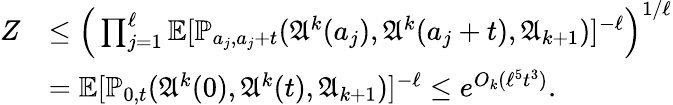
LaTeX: \begin{array}{rl}{Z}&{\le\Big(\prod_{j=1}^{\ell}\mathbb{E}[\mathbb{P}_{a_{j},a_{j}+t}(\mathfrak{A}^{k}(a_{j}),\mathfrak{A}^{k}(a_{j}+t),\mathfrak{A}_{k+1})]^{-\ell}\Big)^{1/\ell}}\\ &{=\mathbb{E}[\mathbb{P}_{0,t}(\mathfrak{A}^{k}(0),\mathfrak{A}^{k}(t),\mathfrak{A}_{k+1})]^{-\ell}\le e^{O_{k}(\ell^{5}t^{3})}.}\end{array}